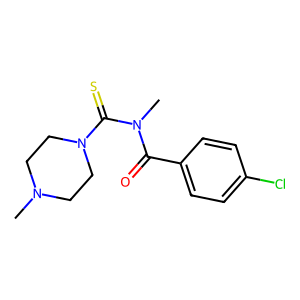
SMILES: CN1CCN(C(=S)N(C)C(=O)c2ccc(Cl)cc2)CC1
Inhibits HIV replication: No